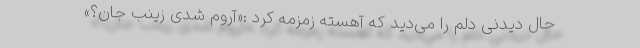
حال دیدنیِ دلم را می‌دید که آهسته زمزمه کرد :«آروم شدی زینب جان؟»